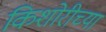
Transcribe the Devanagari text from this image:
किशोरीच्या